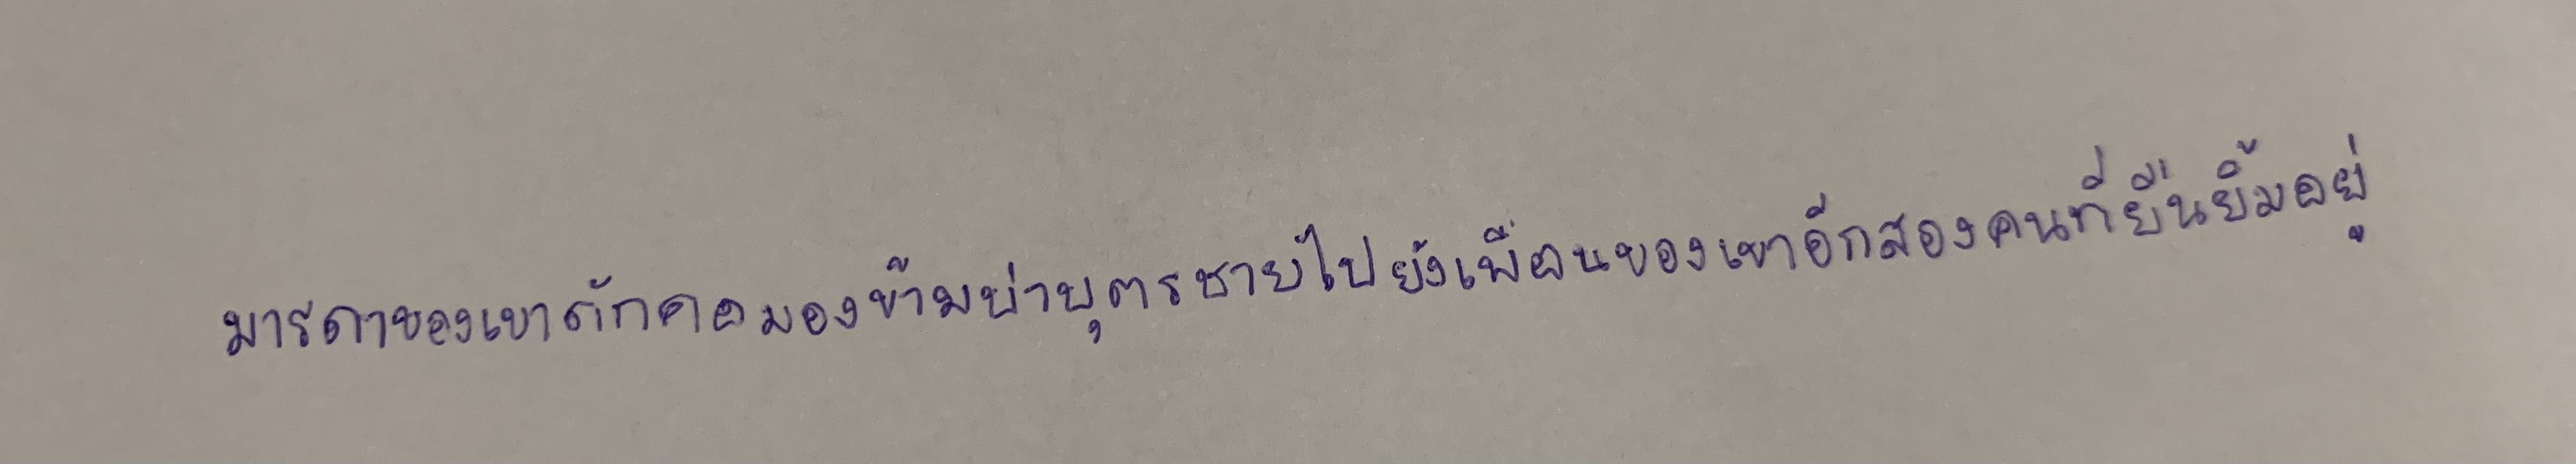
มารดาของเขาดักคอมองข้ามบ่าบุตรชายไปยังเพื่อนของเขาอีกสองคนที่ยืนยิ้มอยู่